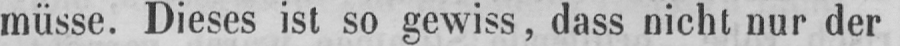
müsse. Dieses ist so gewiss, dass nicht nur der